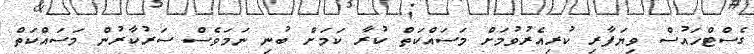
ގެސްޓްހައުސް ވިޔަފާރި ކުރިއެރުވުމަށް މަސައްކަތް ކުރާ ކަމަށް ބުނި ނަމަވެސް ސަރުކާރުން މަސައްކަތް